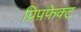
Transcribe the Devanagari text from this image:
प्रिप़फेक्ट